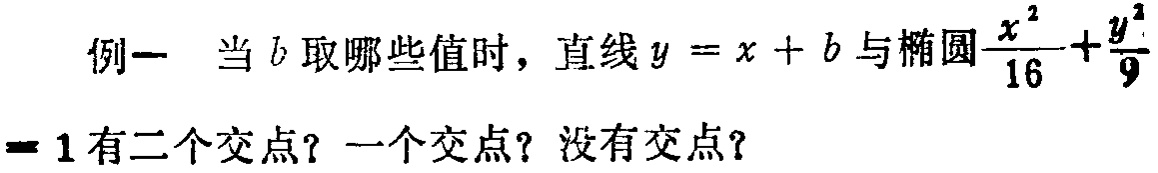
例一 当\(b\)取哪些值时，直线\(y = x + b\)与椭圆\(\frac{x^{2}}{16}+\frac{y^{2}}{9}= 1\)有二个交点？一个交点？没有交点？